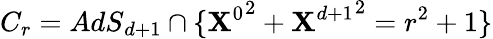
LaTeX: C_{r}={AdS}_{d+1}\cap\{ {\mathbf{X}^{0}}^{2}+{\mathbf{X}^{d+1}}^{2}=r^{2}+1\}